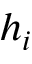
h _ { i }